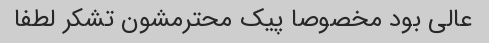
عالی بود مخصوصا پیک محترمشون تشکر لطفا